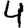
Digit: 4